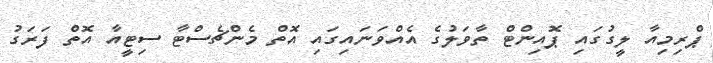
ޕްރިމިއާ ލީގުގައި ޕޮއިންޓް ތާވަލުގެ އެއްވަނައިގައި އޮތް މެންޗެސްޓާ ސިޓީއާ އޮތް ފަރަގު